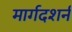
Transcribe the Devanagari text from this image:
मार्गदशर्न